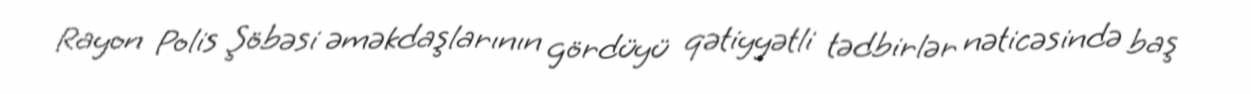
Rayon Polis Şöbəsi əməkdaşlarının gördüyü qətiyyətli tədbirlər nəticəsində baş